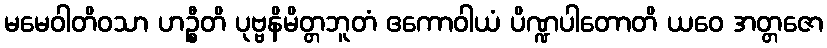
မမေဝါတိဝသာ ဟဉ္စီတိ ပုဗ္ဗနိမိတ္တဘူတံ ဧကောဝါယံ ပိဏ္ဍပါတောတိ ယဝေ အတ္တဇော